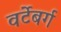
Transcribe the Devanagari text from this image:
वर्टेबर्ग